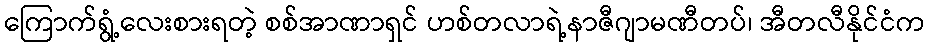
ကြောက်ရွံ့လေးစားရတဲ့ စစ်အာဏာရှင် ဟစ်တလာရဲ့နာဇီဂျာမဏီတပ်၊ အီတလီနိုင်ငံက